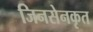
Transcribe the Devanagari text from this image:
जिनसेनकृत